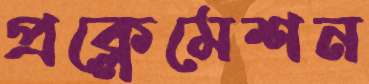
প্রক্লেমেশন